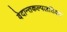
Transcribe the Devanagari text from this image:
वेदान्तकल्पलतिका